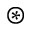
\circledast